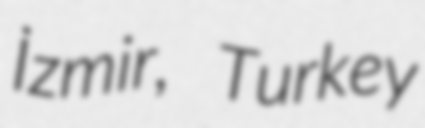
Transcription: İzmir, Turkey